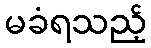
မခံရသည့်